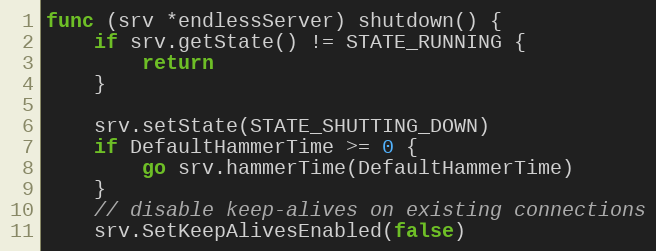
Language: Go
func (srv *endlessServer) shutdown() {
	if srv.getState() != STATE_RUNNING {
		return
	}

	srv.setState(STATE_SHUTTING_DOWN)
	if DefaultHammerTime >= 0 {
		go srv.hammerTime(DefaultHammerTime)
	}
	// disable keep-alives on existing connections
	srv.SetKeepAlivesEnabled(false)